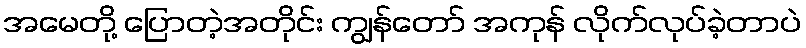
အမေတို့ ပြောတဲ့အတိုင်း ကျွန်တော် အကုန် လိုက်လုပ်ခဲ့တာပဲ